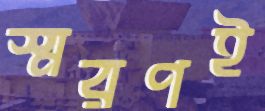
স্মরণই